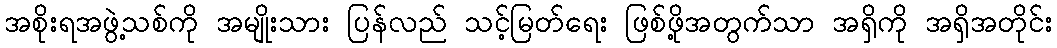
အစိုးရအဖွဲ့သစ်ကို အမျိုးသား ပြန်လည် သင့်မြတ်ရေး ဖြစ်ဖို့အတွက်သာ အရှိကို အရှိအတိုင်း